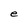
Character: e